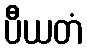
ပီယတံ